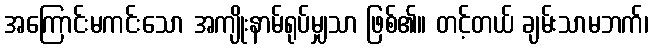
အကြောင်းမကင်းသော အကျိုးနာမ်ရုပ်မျှသာ ဖြစ်၏။ တင့်တယ် ချမ်းသာမဘက်၊